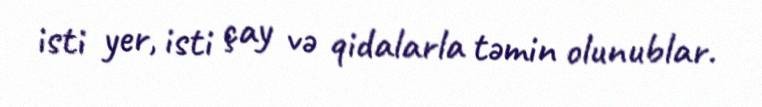
isti yer, isti çay və qidalarla təmin olunublar.